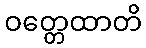
ဝတ္တေထာတိ